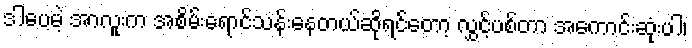
ဒါပေမဲ့ အာလူးက အစိမ်းရောင်သန်းနေတယ်ဆိုရင်တော့ လွှင့်ပစ်တာ အကောင်းဆုံးပါ၊